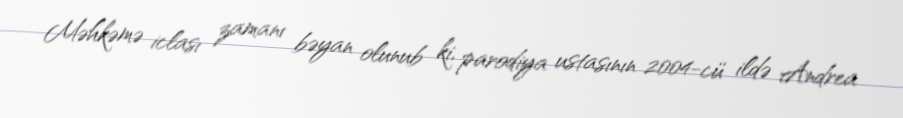
Məhkəmə iclası zamanı bəyan olunub ki, parodiya ustasının 2004-cü ildə Andrea